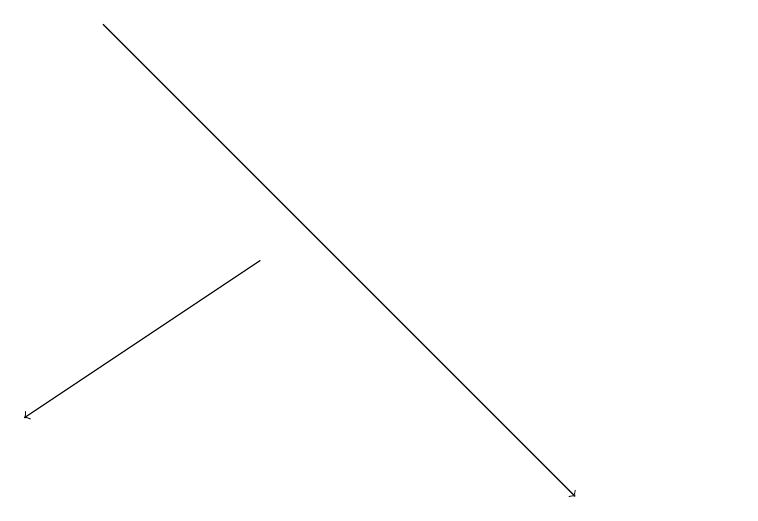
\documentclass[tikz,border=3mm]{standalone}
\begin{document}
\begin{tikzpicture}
\draw (11,11) circle (0);
\draw[->] (5,14) -- (2,12);
\draw[->] (3,17) -- (9,11);
\draw (10,11) circle (0);
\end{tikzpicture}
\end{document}